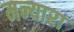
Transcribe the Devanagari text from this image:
मन्यारा